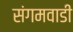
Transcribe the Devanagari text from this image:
संगमवाडी